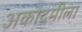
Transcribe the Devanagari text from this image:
अकादमीला